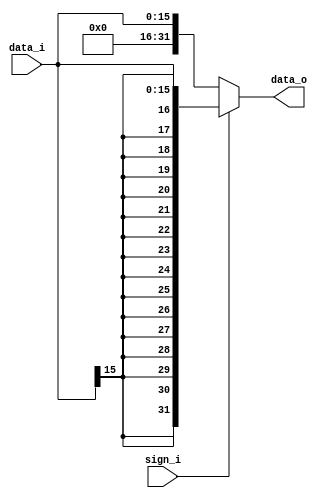

module Sign_Extend(
    data_i,
    sign_i,
    data_o
    );

//I/O ports
input   [16-1:0] data_i;
input   sign_i;
output  [32-1:0] data_o;

//Internal Signals
reg     [32-1:0] data_o;

always@(*) begin
//Sign extended
    if (sign_i==1) begin
        data_o={{16{data_i[15]}},data_i};
    end else begin
        data_o={{16{1'b0}}, data_i};
    end

end


endmodule